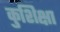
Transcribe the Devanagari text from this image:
कुशिक्षा